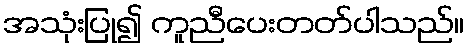
အသုံးပြု၍ ကူညီပေးတတ်ပါသည်။